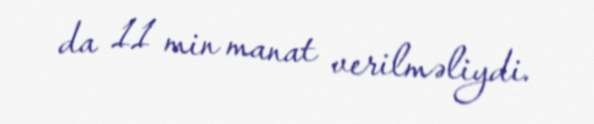
da 11 min manat verilməliydi.